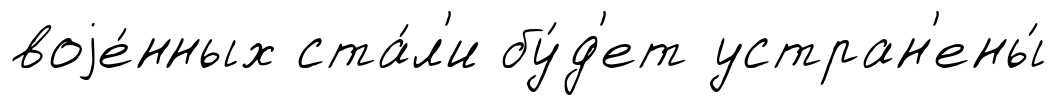
воjе́нных ста́л'и бу́д'ет устран'ены́